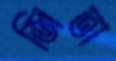
জিতা